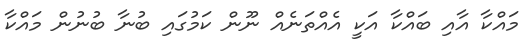
މައްކާ އާއި ބައްކާ އަކީ އެއްތަނެއް ނޫން ކަމުގައި ބުނާ ބުނުން މައްކާ